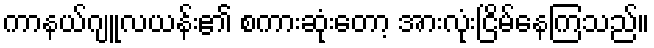
ကာနယ်ဂျူလယန်း၏ စကားဆုံးတော့ အားလုံးငြိမ်နေကြသည်။